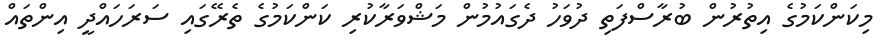
މިކަންކަމުގެ އިތުރުން ބުރާސްފަތި ދުވަހު ދެގައުމުން މަޝްވަރާކުރި ކަންކަމުގެ ތެރޭގައި ސަރަހައްދީ އިންތައް